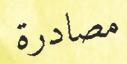
مصادرة